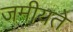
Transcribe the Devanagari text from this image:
जमीयते